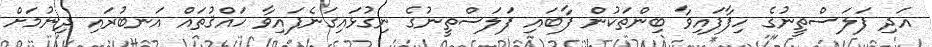
އަދި ފަލަސްތީނުގެ ހިފާފައިވާ ބިންތަކުން ފާބައި ފަލަސްތީނުގެ ނިގުޅައިގަނެފައިވާ ހައްޤުތައް އަނބުރައި ދިނުމަށް